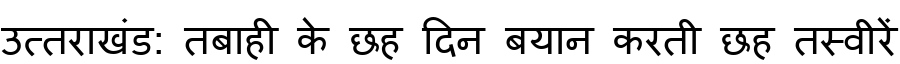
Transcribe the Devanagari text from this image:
उत्तराखंड: तबाही के छह दिन बयान करती छह तस्वीरें